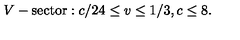
V - \mathrm { s e c t o r } : { } { } { } c / 2 4 \leq v \leq 1 / 3 { } , { } { } { } c \leq 8 { } .